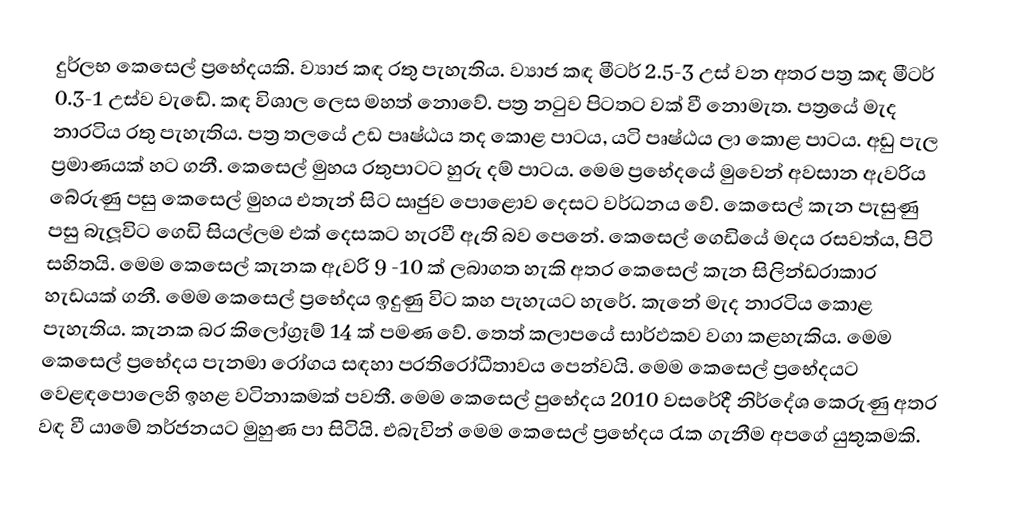
දුර්ලභ කෙසෙල් ප්‍රභේදයකි. ව්‍යාජ කඳ රතු පැහැතිය‍. ව්‍යාජ කඳ මීටර් 2.5-3 උස් වන අතර පත්‍ර කඳ මීටර් 0.3-1 උස්ව වැඩේ. කඳ විශාල ලෙස මහත් නොවේ. පත්‍ර නටුව පිටතට වක් වී නොමැත. පත්‍රයේ මැද නාරටිය රතු පැහැතිය‍. පත්‍ර තලයේ උඩ පෘෂ්ඨය තද කොළ පාටය, යටි පෘෂ්ඨය ලා කොළ පාටය. අඩු පැල ප්‍රමාණයක් හට ගනී. කෙසෙල් මුහය රතුපාටට හුරු දම් පාටය. ‌මෙම ප්‍රභේද‌යේ ‌මුවෙන් අවසාන ඇවරිය බේරුණු පසු කෙසෙල් මුහය එතැන් සිට ඍජුව පොළොව දෙසට වර්ධනය වේ. කෙසෙල් කැන පැසුණු පසු බැලූවිට ගෙඩි සියල්ලම එක් දෙසකට හැරවී ඇති බව පෙනේ. කෙසෙල් ‌ගෙඩියේ මදය රසවත්ය, පිටි සහිතයි. මෙම කෙසෙල් කැනක ඇවරි 9 -10 ක් ලබාගත හැකි අතර කෙසෙල් කැන සිලින්ඩරාකාර හැඩයක් ගනී. මෙම කෙසෙල් ප්‍රභේදය ඉදුණු විට කහ පැහැයට හැරේ. කැනේ මැද නාරටිය කොළ පැහැතිය‍. කැනක බර කිලෝග්‍රෑම් 14 ක් පමණ වේ. තෙත් කලාපයේ සාර්ඵකව වගා කළහැකිය. මෙම කෙසෙල් ප්‍රභේදය පැනමා රෝගය සඳහා ප‍්‍රතිරෝධීතාවය පෙන්වයි. මෙම කෙසෙල් ප්‍රභේදයට වෙළඳපොලෙහි ඉහළ වටිනාකමක් පවතී. මෙම කෙසෙල් පුභේදය 2010 වසරේදී නිර්දේශ කෙරුණු අතර වඳ වී යාමේ තර්ජනයට මුහුණ පා සිටියි. එබැවින් මෙම කෙසෙල් ප්‍රභේදය රැක ගැනීම අපගේ යුතුකමකි.